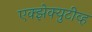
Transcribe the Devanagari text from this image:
एक्झेक्युटीव्ह